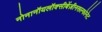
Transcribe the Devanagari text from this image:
नोनानॉयलॉक्सीबेंज़ीनसल्फोनेट